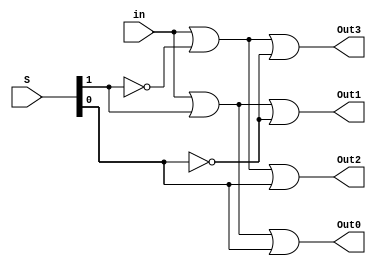
// Declaracao do modulo do Demultiplexador de 4 saidas e 1 entrada com seletor de 2 bits logica INVERSA.
module demux_1x4 (in, S, Out0, Out1, Out2, Out3);

	 // Declaracao de portas
    input in;           // Entrada nica
    input [1:0] S;      // Seletor de 2 bits
    output Out0, Out1, Out2, Out3;  // 4 sadas

    // Declarao de fios para os complementos do seletor
    wire notS0, notS1;

    // Inversores para os bits do seletor
    not (notS0, S[0]);
    not (notS1, S[1]);
	 
	 // Decodificador para cada sada do demux 1x7 usando portas "OR" para saida de valor logico BAIXO
    or (Out0, in, S[1], S[0]);       // S == 00
    or (Out1, in, S[1], notS0);      // S == 01
    or (Out2, in, notS1, S[0]);     // S == 10
    or (Out3, in, notS1, notS0);    // S == 11
	 

endmodule